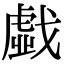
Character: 戱